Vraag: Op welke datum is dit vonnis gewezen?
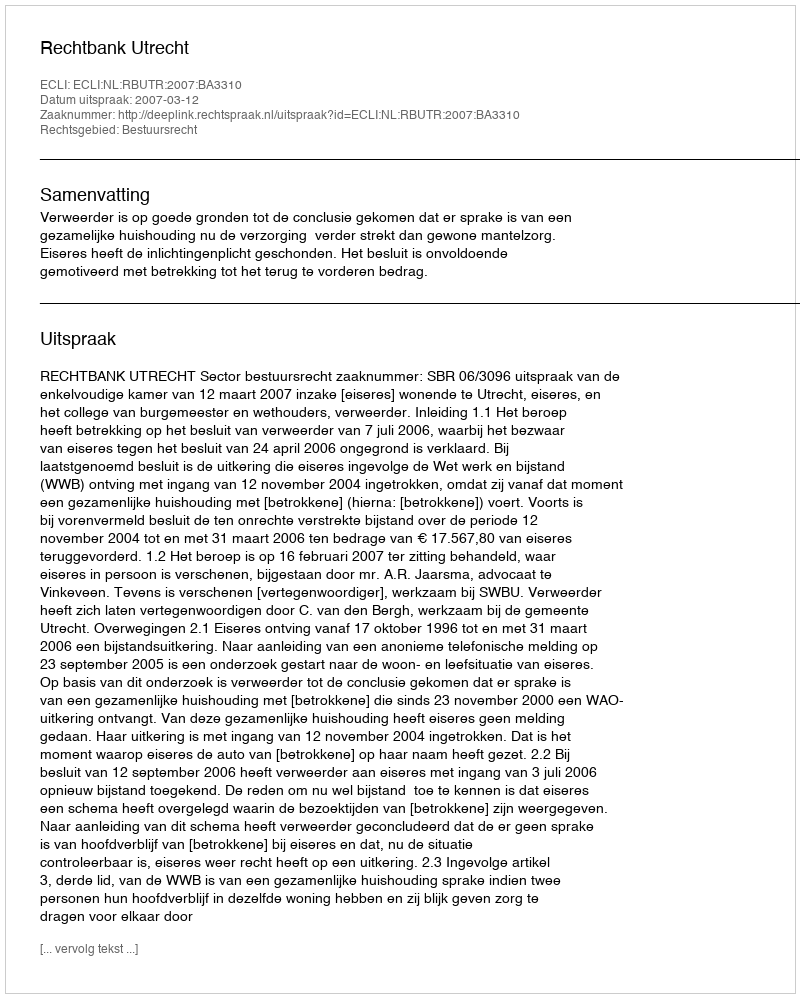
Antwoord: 2007-03-12